Lunatic asylums Punjab 1868-1880 - 1868-1880
Year: 1868
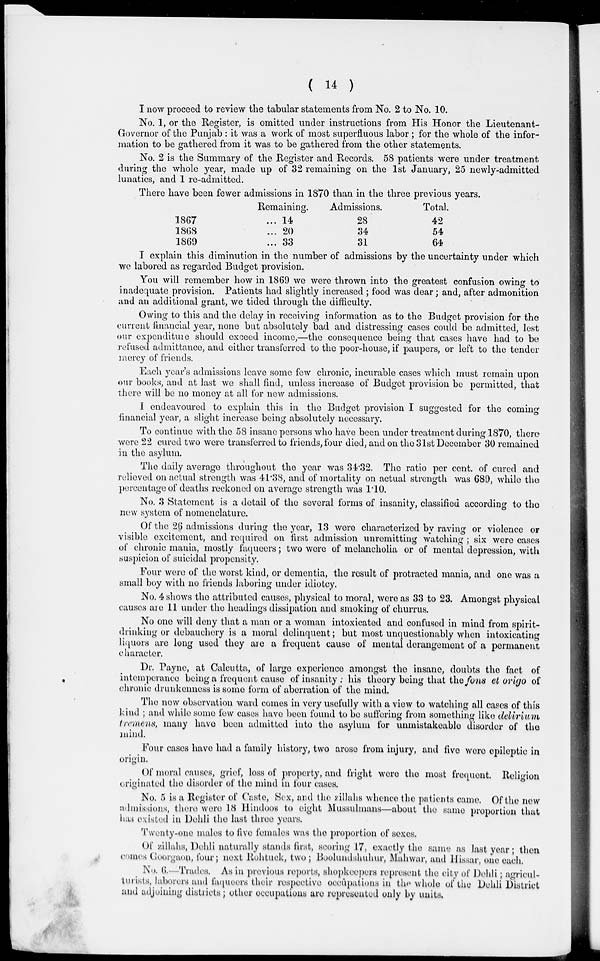
(
14
)
I now proceed to review the tabular statements from No. 2 to No. 10.
No. 1, or the Register, is omitted under instructions from His Honor the Lieutenant-
Governor of the Punjab: it was a work of most superfluous labor; for the whole of the infor-
mation to be gathered from it was to be gathered from the other statements.
No. 2 is the Summary of the Register and Records. 58 patients were under treatment
during the whole year, made up of 32 remaining on the 1st January, 25 newly-admitted
lunatics, and 1 re-admitted.
There have been fewer admissions in 1870 than in the three previous years.
1867
1868
1869
Remaining.
... 14
... 20
... 33
Admissions.
28
34
31
Total.
42
54
64
I explain this diminution in the number of admissions by the uncertainty under which
we labored as regarded Budget provision.
You will remember how in 1869 we were thrown into the greatest confusion owing to
inadequate provision. Patients had slightly increased ; food was dear; and, after admonition
and an additional grant, we tided through the difficulty.
Owing to this and the delay in receiving information as to the Budget provision for the
current financial year, none but absolutely bad and distressing cases could be admitted, lest
our expenditure should exceed income,—the consequence being that cases have had to be
refused admittance, and either transferred to the poor-house, if paupers, or left to the tender
mercy of friends.
Each year's admissions leave some few chronic, incurable cases which must remain upon
our books, and at last we shall find, unless increase of Budget provision be permitted, that
there will be no money at all for new admissions.
I endeavoured to explain this in the Budget provision I suggested for the coming
financial year, a slight increase being absolutely necessary.
To continue with the 58 insane persons who have been under treatment during 1870, there
were 22 cured two were transferred to friends, four died, and on the 31st December 30 remained
in the asylum.
The daily average throughout the year was 34.32. The ratio per cent. of cured and
relieved on actual strength was 41.38, and of mortality on actual strength was 689, while the
percentage of deaths reckoned on average strength was 1.10.
No. 3 Statement is a detail of the several forms of insanity, classified according to the
new system of nomenclature.
Of the 26 admissions during the year, 13 were characterized by raving or violence or
visible excitement, and required on first admission unremitting watching; six were cases
of chronic mania, mostly faqueers; two were of melancholia or of mental depression, with
suspicion of suicidal propensity.
Four were of the worst kind, or dementia, the result of protracted mania, and one was a
small boy with no friends laboring under idiotcy.
No. 4 shows the attributed causes, physical to moral, were as 33 to 23. Amongst physical
causes are 11 under the headings dissipation and smoking of churrus.
No one will deny that a man or a woman intoxicated and confused in mind from spirit-
drinking or debauchery is a moral delinquent; but most unquestionably when intoxicating
liquors are long used they are a frequent cause of mental derangement of a permanent
character.
Dr. Payne, at Calcutta, of large experience amongst the insane, doubts the fact of
intemperance being a frequent cause of insanity; his theory being that the fons et origo of
chronic drunkenness is some form of aberration of the mind.
The new observation ward comes in very usefully with a view to watching all cases of this
kind ; and while some few cases have been found to be suffering from something like delirium
tremens, many have been admitted into the asylum for unmistakeable disorder of the
mind.
Four cases have had a family history, two arose from injury, and five were epileptic in
origin.
Of moral causes, grief, loss of property, and fright were the most frequent. Religion
originated the disorder of the mind in four cases.
No. 5 is a Register of Caste, Sex, and the zillahs whence the patients came. Of the new
admissions, there were 18 Hindoos to eight Mussulmans—about the same proportion that
has existed in Dehli the last three years.
Twenty-one males to five females was the proportion of sexes.
Of zillahs, Dehli naturally stands first, scoring 17, exactly the same as last year; then
comes Goorgaon, four; next Rohtuck, two ; Boolundshuhur, Mahwar, and Hissar, one each.
No. 6.—Trades. As in previous reports, shopkeepers represent the city of Dehli; agricul-
turists, laborers and faqueers their respective occupations in the whole of the Dehli District
and adjoining districts; other occupations are represented only by units.